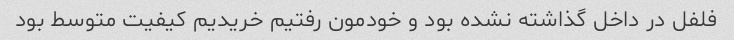
فلفل در داخل گذاشته نشده بود و خودمون رفتیم خریدیم کیفیت متوسط بود